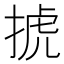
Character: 𢮎